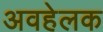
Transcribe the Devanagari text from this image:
अवहेलक